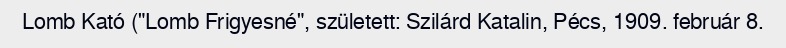
Lomb Kató ("Lomb Frigyesné", született: Szilárd Katalin, Pécs, 1909. február 8.